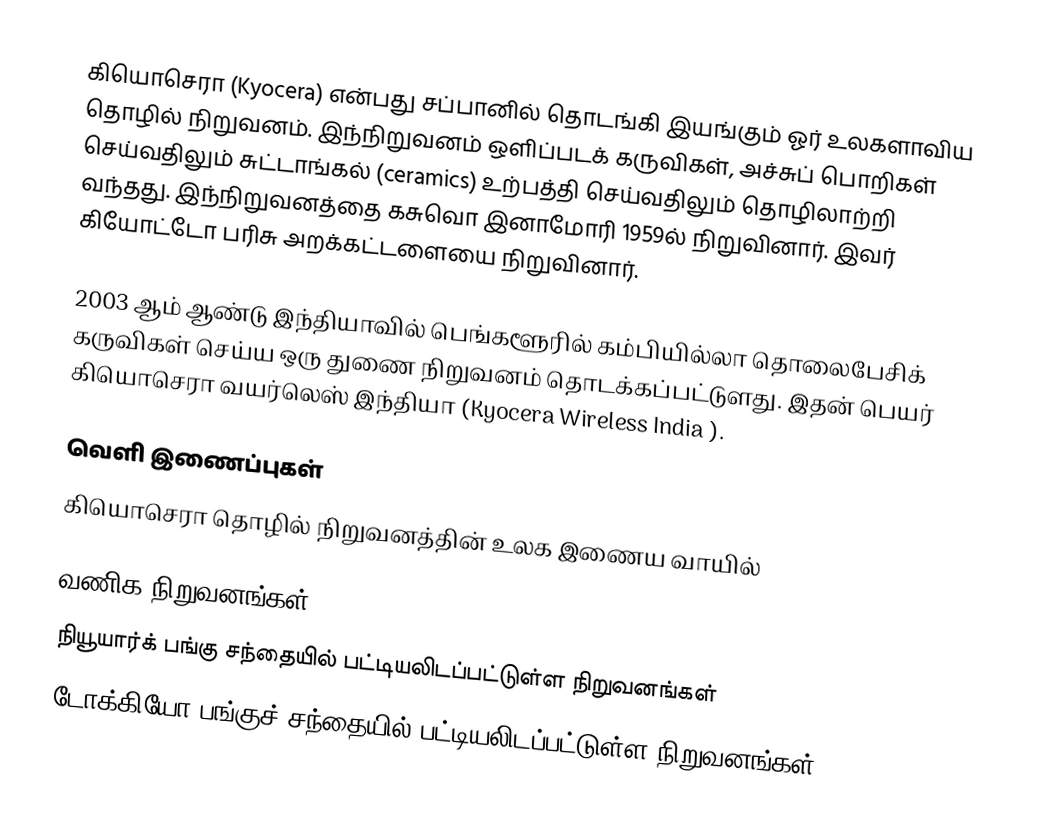
கியொசெரா (Kyocera) என்பது சப்பானில் தொடங்கி இயங்கும் ஓர் உலகளாவிய தொழில் நிறுவனம். இந்நிறுவனம் ஒளிப்படக் கருவிகள், அச்சுப் பொறிகள் செய்வதிலும் சுட்டாங்கல் (ceramics) உற்பத்தி செய்வதிலும் தொழிலாற்றி வந்தது. இந்நிறுவனத்தை கசுவொ இனாமோரி 1959ல் நிறுவினார். இவர் கியோட்டோ பரிசு அறக்கட்டளையை நிறுவினார்.

2003 ஆம் ஆண்டு இந்தியாவில் பெங்களூரில் கம்பியில்லா தொலைபேசிக் கருவிகள் செய்ய ஒரு துணை நிறுவனம் தொடக்கப்பட்டுளது. இதன் பெயர் கியொசெரா வயர்லெஸ் இந்தியா (Kyocera Wireless India ).

வெளி இணைப்புகள்
கியொசெரா தொழில் நிறுவனத்தின் உலக இணைய வாயில்

வணிக நிறுவனங்கள்
நியூயார்க் பங்கு சந்தையில் பட்டியலிடப்பட்டுள்ள நிறுவனங்கள்
டோக்கியோ பங்குச் சந்தையில் பட்டியலிடப்பட்டுள்ள நிறுவனங்கள்